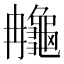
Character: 䶲